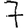
Digit: 7